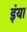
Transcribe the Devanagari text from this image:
इंया